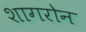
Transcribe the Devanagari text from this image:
शागरोन